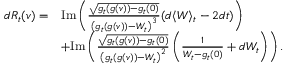
\begin{array} { r l } { d R _ { t } ( v ) = } & { \mathrm { I m } \left( \frac { \sqrt { g _ { t } ( g ( v ) ) - g _ { t } ( 0 ) } } { \left( g _ { t } ( g ( v ) ) - W _ { t } \right) ^ { 3 } } ( d \langle W \rangle _ { t } - 2 d t ) \right) } \\ & { + \mathrm { I m } \left( \frac { \sqrt { g _ { t } ( g ( v ) ) - g _ { t } ( 0 ) } } { \left( g _ { t } ( g ( v ) ) - W _ { t } \right) ^ { 2 } } \left( \frac { 1 } { W _ { t } - g _ { t } ( 0 ) } + d W _ { t } \right) \right) . } \end{array}